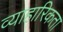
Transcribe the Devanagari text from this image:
व्याहारिकता